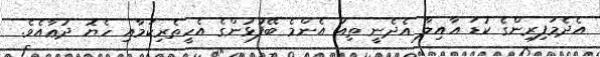
އެދެމަފިރިންގެ ކުޑަ އާއިލާ އެދެނީ ތިއަ އެންމެ ބޭފުޅުންގެ އެހީތެރިކަމާއި ހެޔޮ ދުޢާއެވެ.